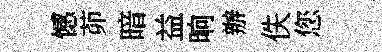
憾茆暗益晌辦佚您